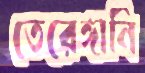
তেরেঙ্গানি